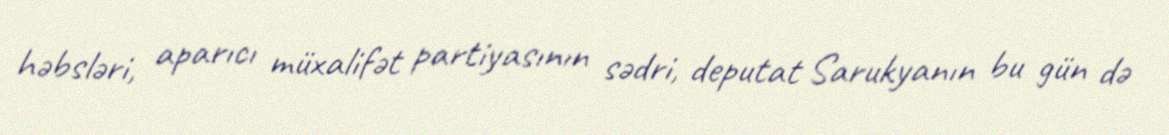
həbsləri, aparıcı müxalifət partiyasının sədri, deputat Sarukyanın bu gün də